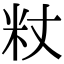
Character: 粀